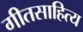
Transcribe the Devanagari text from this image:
गीतसाहित्य